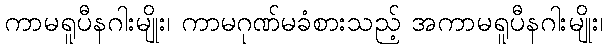
ကာမရူပီနဂါးမျိုး၊ ကာမဂုဏ်မခံစားသည့် အကာမရူပီနဂါးမျိုး၊